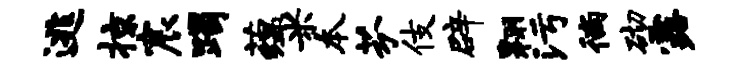
逃掠宸躅蕴米本芬伎辟翱污徜砌露